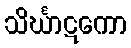
သိင်္ဃာဋကော